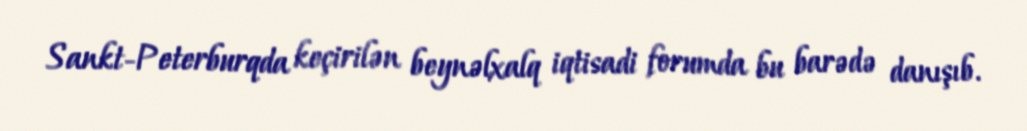
Sankt-Peterburqda keçirilən beynəlxalq iqtisadi forumda bu barədə danışıb.